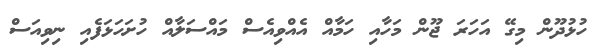
ހުޅުދޫން މިގޭ އަހަރަ ޖޫން މަހާއި ހަމާއް އެއްވިއެސް މައްސަލާއް ހުށަހަޅަފެއި ނިވިއަސް